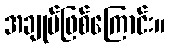
အချုပ်ဖြစ်ကြောင်း။